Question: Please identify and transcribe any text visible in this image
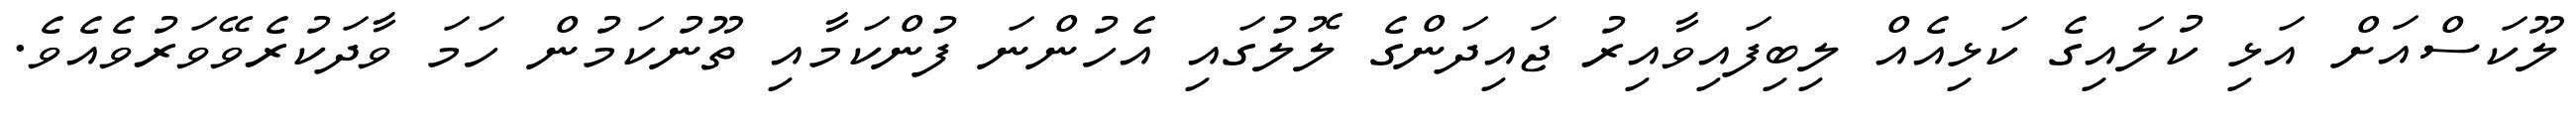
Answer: ލޫކަސްއަށް އަޅި ކުލައިގެ ކަޅިއެއް ލިބިފައިވާއިރު ޖައިދަންގެ ލޮލުގައި އެހުންނަ ފުންކަމާއި ތޫނުކަމުން ހަމަ ވާދަކުރެވޭވަރުވެއެވެ.